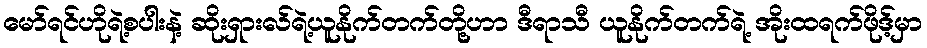
မော်ရင်ဟိုရဲ့စပါးနဲ့ ဆိုးရှားလ်ရဲ့ယူနိုက်တက်တို့ဟာ ဒီရာသီ ယူနိုက်တက်ရဲ့ အိုးထရက်ဖိုဒ့်မှာ